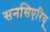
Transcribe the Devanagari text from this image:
सनसिएरियू